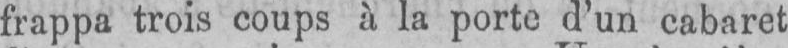
frappa trois coups à la porte d’un cabaret